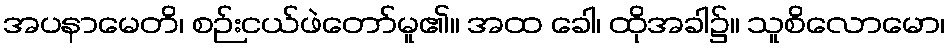
အပနာမေတိ၊ စဉ်းငယ်ဖဲတော်မူ၏။ အထ ခေါ၊ ထိုအခါ၌။ သူစိလောမော၊